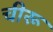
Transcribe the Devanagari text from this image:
चीरू